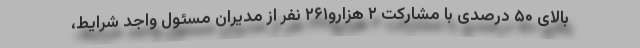
بالای ۵۰ درصدی با مشارکت ۲ هزارو۲۶۱ نفر از مدیران مسئول واجد شرایط،